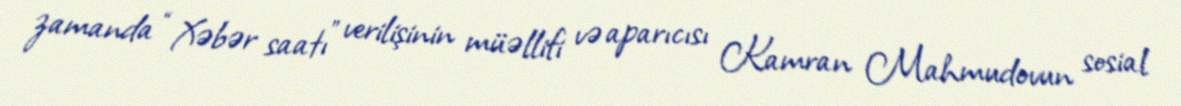
zamanda “Xəbər saatı” verilişinin müəllifi və aparıcısı Kamran Mahmudovun sosial